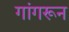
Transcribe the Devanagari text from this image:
गांगरून